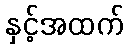
နှင့်အထက်